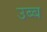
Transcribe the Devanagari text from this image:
उब्ब